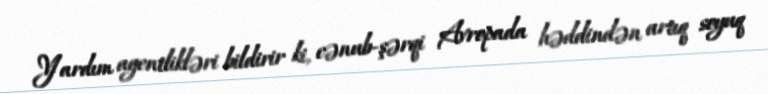
Yardım agentlikləri bildirir ki, cənub-şərqi Avropada həddindən artıq soyuq